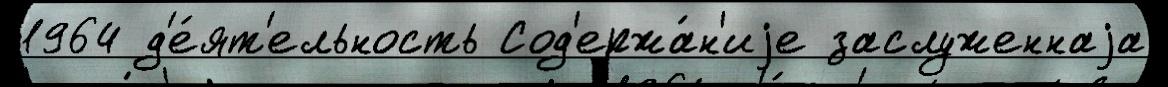
1964 д'е́ят'ельность Сод'ержа́н'иjе заслуженнаjа